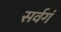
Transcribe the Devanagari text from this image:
सर्वगं